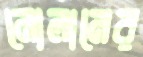
নোলানের